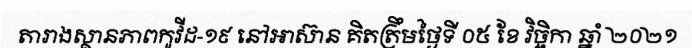
តារាងស្ថានភាពកូវីដ-១៩ នៅអាស៊ាន គិតត្រឹមថ្ងៃទី ០៥ ខែ វិច្ឆិកា ឆ្នាំ ២០២១